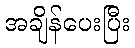
အချိန်ပေးပြီး